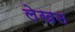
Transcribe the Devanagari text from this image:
लेखऩ